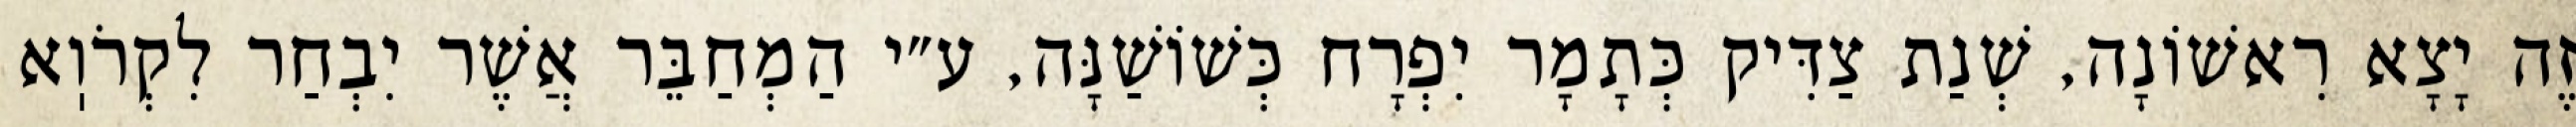
זֶה יָצָא רִאשׁוֹנָה, שְׁנַת צַדִּיק כְּתָמָר יִפְרָח כְּשׁוֹשַׁנָּה, ע״י הַמְחַבֵּר אֲשֶׁר יִבְחַר לִקְרֹוֽא